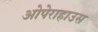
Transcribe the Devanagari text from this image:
ओपेराहाउस